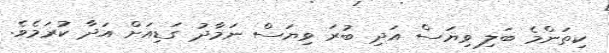
ކިތަންމެ ބަލި ވިޔަސް އަދި ބުރަ ވިޔަސް ނަމާދު ގަޑިއަށް އަދާ ކުރަމެވެ.